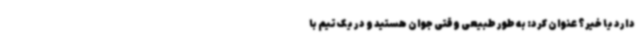
دارد یا خیر؟ عنوان کرد: به طور طبیعی وقتی جوان هستید و در یک تیم با